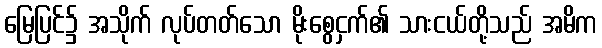
မြေပြင်၌ အသိုက် လုပ်တတ်သော မိုးစွေငှက်၏ သားငယ်တို့သည် အမိက